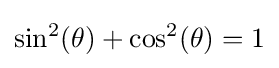
\sin ^{2}(\theta )+\cos ^{2}(\theta )=1